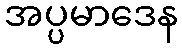
အပ္ပမာဒေန